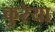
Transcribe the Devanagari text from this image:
कुरेया